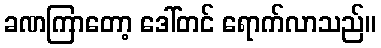
ခဏကြာတော့ ဒေါ်တင် ရောက်လာသည်။